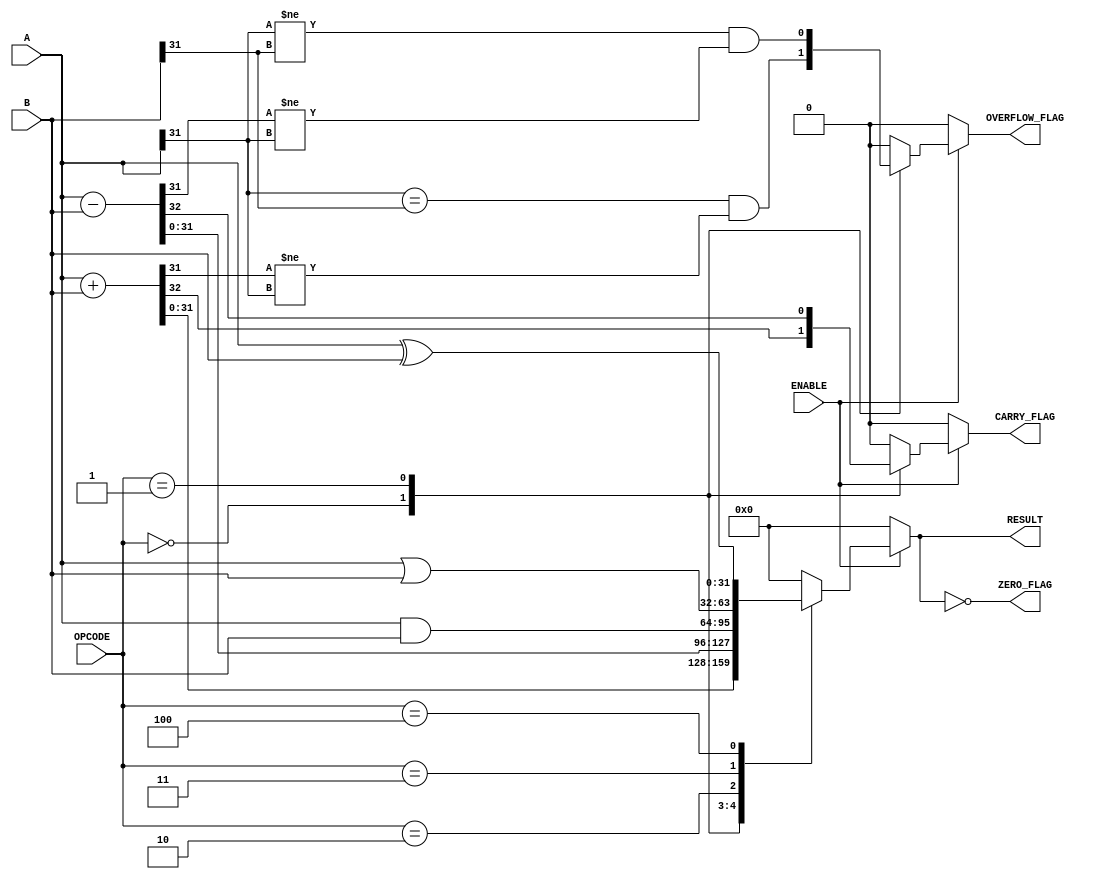
module parameterized_alu #(
    parameter DATA_WIDTH = 32 // Default data width
) (
    input  wire [DATA_WIDTH-1:0] A,      // First operand
    input  wire [DATA_WIDTH-1:0] B,      // Second operand
    input  wire [2:0] OPCODE,             // Operation code
    input  wire ENABLE,                    // Enable signal
    output reg  [DATA_WIDTH-1:0] RESULT,  // ALU result
    output reg  ZERO_FLAG,                // Zero flag
    output reg  CARRY_FLAG,               // Carry flag
    output reg  OVERFLOW_FLAG              // Overflow flag
);

// ALU operation codes
localparam ADD      = 3'b000;
localparam SUB      = 3'b001;
localparam AND      = 3'b010;
localparam OR       = 3'b011;
localparam XOR      = 3'b100;
localparam COMP_LT  = 3'b101; // A < B
localparam COMP_EQ  = 3'b110; // A == B

always @(*) begin
    if (ENABLE) begin
        case (OPCODE)
            ADD: begin
                {CARRY_FLAG, RESULT} = A + B; // Concatenate carry out with result
                OVERFLOW_FLAG = (A[DATA_WIDTH-1] == B[DATA_WIDTH-1]) && (RESULT[DATA_WIDTH-1] != A[DATA_WIDTH-1]);
            end
            SUB: begin
                {CARRY_FLAG, RESULT} = A - B; // Concatenate borrow out with result
                OVERFLOW_FLAG = (A[DATA_WIDTH-1] != B[DATA_WIDTH-1]) && (RESULT[DATA_WIDTH-1] != A[DATA_WIDTH-1]);
            end
            AND: begin
                RESULT = A & B;
                CARRY_FLAG = 1'b0;
                OVERFLOW_FLAG = 1'b0;
            end
            OR: begin
                RESULT = A | B;
                CARRY_FLAG = 1'b0;
                OVERFLOW_FLAG = 1'b0;
            end
            XOR: begin
                RESULT = A ^ B;
                CARRY_FLAG = 1'b0;
                OVERFLOW_FLAG = 1'b0;
            end
            COMP_LT: begin
                RESULT = 0; // No meaningful result for comparison
                ZERO_FLAG = (A < B);
                CARRY_FLAG = 1'b0;
                OVERFLOW_FLAG = 1'b0;
            end
            COMP_EQ: begin
                RESULT = 0; // No meaningful result for comparison
                ZERO_FLAG = (A == B);
                CARRY_FLAG = 1'b0;
                OVERFLOW_FLAG = 1'b0;
            end
            default: begin
                RESULT = 0;
                CARRY_FLAG = 1'b0;
                OVERFLOW_FLAG = 1'b0;
            end
        endcase
    end else begin
        RESULT = 0;
        ZERO_FLAG = 1'b0;
        CARRY_FLAG = 1'b0;
        OVERFLOW_FLAG = 1'b0;
    end

    // Update the zero flag
    ZERO_FLAG = (RESULT == 0);
end

endmodule